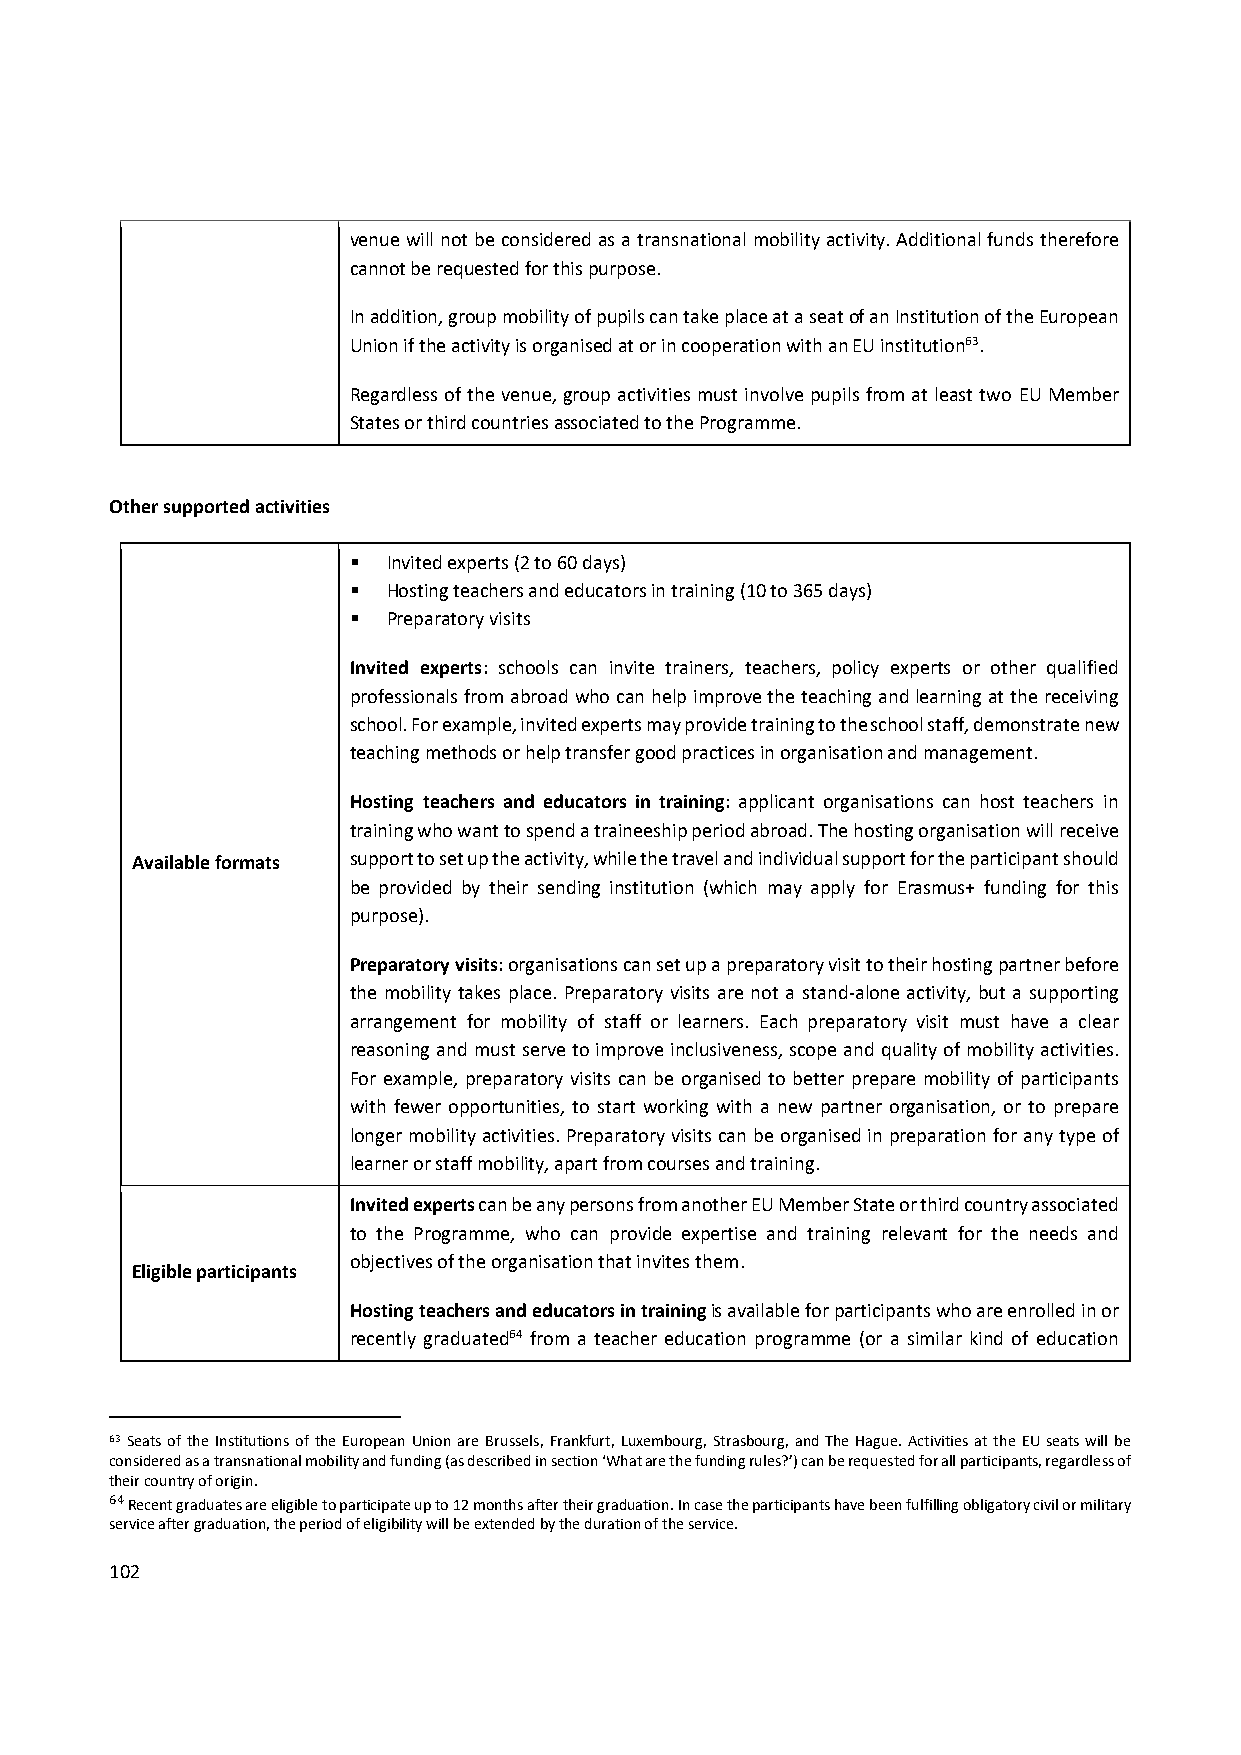
venue will not be considered as a transnational mobility activity. Additional funds therefore
 cannot be requested for this purpose.
 In addition, group mobility of pupils can take place at a seat of an Institution of the European
 Union if the activity is organised at or in cooperation with an EU institution63.
 Regardless of the venue, group activities must involve pupils from at least two EU Member
 States or third countries associated to the Programme.
 Other supported activities
   Invited experts (2 to 60 days)
   Hosting teachers and educators in training (10 to 365 days)
   Preparatory visits
 Invited experts: schools can invite trainers, teachers, policy experts or other qualified
 professionals from abroad who can help improve the teaching and learning at the receiving
 school. For example, invited experts may provide training to the school staff, demonstrate new
 teaching methods or help transfer good practices in organisation and management.
 Hosting teachers and educators in training: applicant organisations can host teachers in
 training who want to spend a traineeship period abroad. The hosting organisation will receive
 Available formats support to set up the activity, while the travel and individual support for the participant should
 be provided by their sending institution (which may apply for Erasmus+ funding for this
 purpose).
 Preparatory visits: organisations can set up a preparatory visit to their hosting partner before
 the mobility takes place. Preparatory visits are not a stand‐alone activity, but a supporting
 arrangement for mobility of staff or learners. Each preparatory visit must have a clear
 reasoning and must serve to improve inclusiveness, scope and quality of mobility activities.
 For example, preparatory visits can be organised to better prepare mobility of participants
 with fewer opportunities, to start working with a new partner organisation, or to prepare
 longer mobility activities. Preparatory visits can be organised in preparation for any type of
 learner or staff mobility, apart from courses and training.
 Invited experts can be any persons from another EU Member State or third country associated
 to the Programme, who can provide expertise and training relevant for the needs and
 objectives of the organisation that invites them.
 Eligible participants
 Hosting teachers and educators in training is available for participants who are enrolled in or
 recently graduated64 from a teacher education programme (or a similar kind of education
 63 Seats of the Institutions of the European Union are Brussels, Frankfurt, Luxembourg, Strasbourg, and The Hague. Activities at the EU seats will be
 considered as a transnational mobility and funding (as described in section ‘What are the funding rules?’) can be requested for all participants, regardless of
 their country of origin.
 64 Recent graduates are eligible to participate up to 12 months after their graduation. In case the participants have been fulfilling obligatory civil or military
 service after graduation, the period of eligibility will be extended by the duration of the service.
 102